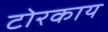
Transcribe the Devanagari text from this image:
टोरकाय